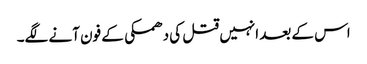
اس کے بعد انہیں قتل کی دھمکی کے فون آنے لگے۔